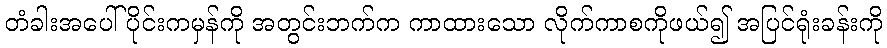
တံခါးအပေါ်ပိုင်းကမှန်ကို အတွင်းဘက်က ကာထားသော လိုက်ကာစကိုဖယ်၍ အပြင်ရုံးခန်းကို